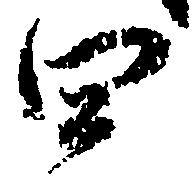
四